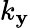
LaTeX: k_{\mathbf{y}}